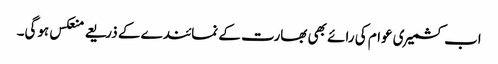
اب کشمیری عوام کی رائے بھی بھارت کے نمائندے کے ذریعے منعکس ہوگی۔